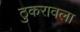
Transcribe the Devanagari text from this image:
ठुकरावला